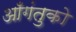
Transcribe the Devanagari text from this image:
आँगंतुको